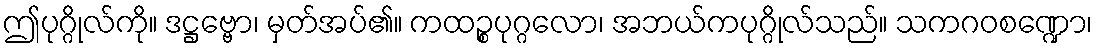
ဤပုဂ္ဂိုလ်ကို။ ဒဋ္ဌဗ္ဗော၊ မှတ်အပ်၏။ ကထဉ္စပုဂ္ဂလော၊ အဘယ်ကပုဂ္ဂိုလ်သည်။ သကဂဝစဏ္ဍော၊